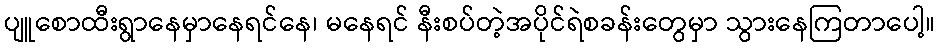
ပျူစောထီးရွာနေမှာနေရင်နေ၊ မနေရင် နီးစပ်တဲ့အပိုင်ရဲစခန်းတွေမှာ သွားနေကြတာပေါ့။